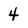
Character: 4